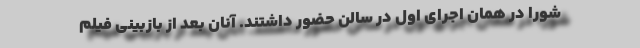
شورا در همان اجرای اول در سالن حضور داشتند. آنان بعد از بازبینی فیلم